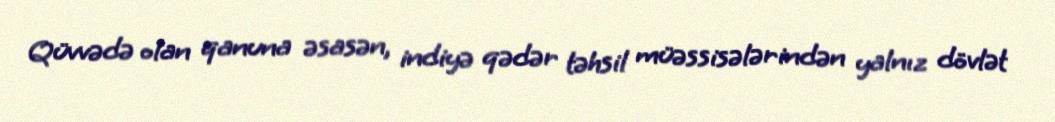
Qüvvədə olan qanuna əsasən, indiyə qədər təhsil müəssisələrindən yalnız dövlət